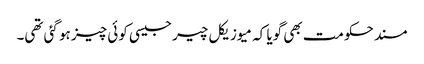
مسند حکومت بھی گویا کہ میوزیکل چیر جیسی کوئی چیز ہو گئی تھی۔